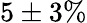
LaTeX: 5\pm 3\%